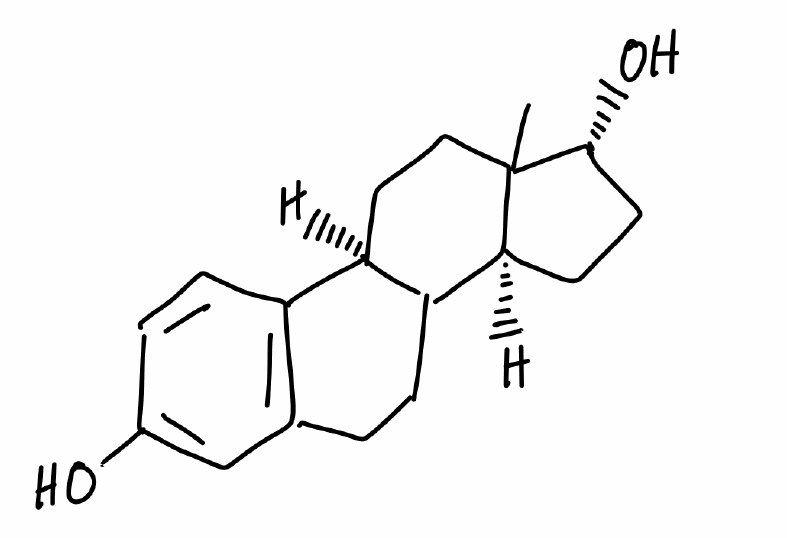
Simplified molecular-input line-entry system (SMILES) notation of the given molecule:
CC12CC[C@H]3C([C@@H]1CC[C@H]2O)CCC4=C3C=CC(=C4)O